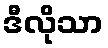
ဒီလိုသာ